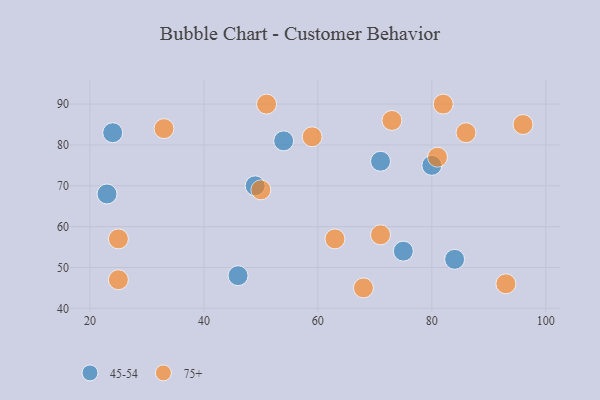
{"axis": {"x": "GDP", "y": "Life Expectancy"}, "legend": ["45-54", "75+"], "data": [{"x": "46", "y": 48, "type": "45-54"}, {"x": "75", "y": 54, "type": "45-54"}, {"x": "71", "y": 76, "type": "45-54"}, {"x": "54", "y": 81, "type": "45-54"}, {"x": "80", "y": 75, "type": "45-54"}, {"x": "84", "y": 52, "type": "45-54"}, {"x": "24", "y": 83, "type": "45-54"}, {"x": "49", "y": 70, "type": "45-54"}, {"x": "23", "y": 68, "type": "45-54"}, {"x": "63", "y": 57, "type": "75+"}, {"x": "25", "y": 47, "type": "75+"}, {"x": "51", "y": 90, "type": "75+"}, {"x": "73", "y": 86, "type": "75+"}, {"x": "71", "y": 58, "type": "75+"}, {"x": "82", "y": 90, "type": "75+"}, {"x": "93", "y": 46, "type": "75+"}, {"x": "50", "y": 69, "type": "75+"}, {"x": "33", "y": 84, "type": "75+"}, {"x": "81", "y": 77, "type": "75+"}, {"x": "59", "y": 82, "type": "75+"}, {"x": "96", "y": 85, "type": "75+"}, {"x": "25", "y": 57, "type": "75+"}, {"x": "68", "y": 45, "type": "75+"}, {"x": "86", "y": 83, "type": "75+"}]}